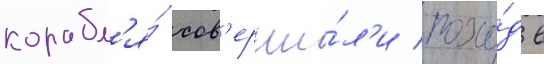
корабл'я́ сов'ерши́л'и похо́д в